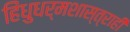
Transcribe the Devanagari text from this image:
हिंधुधर्मशास्त्राही